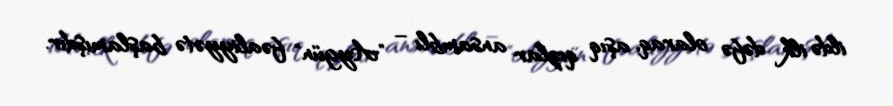
ildə ilk dəfə olaraq, aşıq qızlar ansamblı – "Aygün" fəaliyyətə başlamışdır.